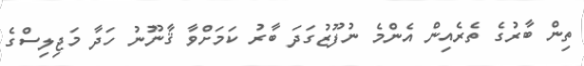
ތިން ބާރުގެ ތެރެއިން އެންމެ ނުފޫޒުގަދަ ބާރު ކަމަށްވާ ޤާނޫނު ހަދާ މަޖިލިސްގެ